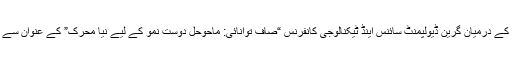
26 اور 27 ستمبر کے درمیان گرین ڈیولپمنٹ سائنس اینڈ ٹیکنالوجی کانفرنس “صاف توانائی: ماحوحل دوست نمو کے لیے نیا محرّک” کے عنوان سے سوئننگ میں ہوگی۔